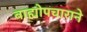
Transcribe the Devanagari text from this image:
बाह्योपचाराने